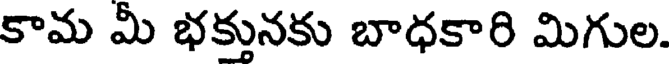
కామ మీ భక్తునకు బాధకారి మిగుల.